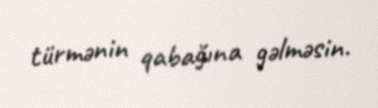
türmənin qabağına gəlməsin.